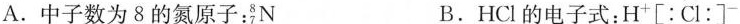
A.中子数为8的氮原子：^{8}_{7}N B. HCl的电子式：H^{+}[：Cl：]^{-}